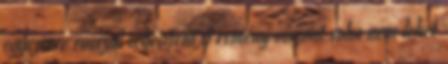
egyszerre rosszul teljesíteni A remény viszont soha nem lehet